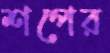
শপের